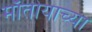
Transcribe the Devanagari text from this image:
माँतोयाच्या